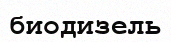
биодизель